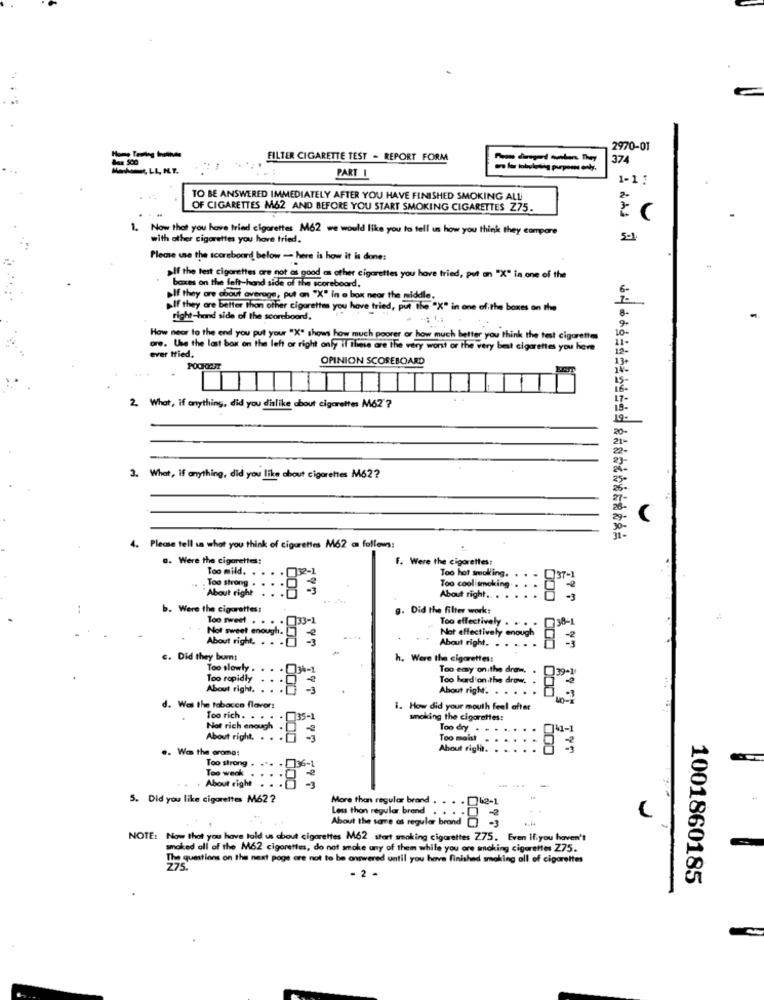
2970-01
FILTER CIGARETTE TEST - REPORT FORM
374
PART I
-----
1-1 :
TO BE ANSWERED IMMEDIATELY AFTER YOU HAVE FINISHED SMOKING ALL
2-
OF CIGARETTES M62 AND BEFORE YOU START SMOKING CIGARETTES Z75.
1. Now that you have tried cigarettes M62 we would like you to tell us how you think they compare
with other cigarettes you have tried.
5-1
Please use the scoreboard below - here is how it is done:
alf the test cigarettes are not as good as other cigarettes you have tried, put an "X" in one of the
boxes on the left-hand side of the scoreboard.
alf they are about average, put an "X" in a box near the middle.
"If they are Better than other cigarettes you have tried, put the "X" in one of the boxes on the
right-hand side of the scoreboord.
How noor to the end you put your "X" shows how much poorer or how much better you think the test cigarettes
are. the the last box on the left or right only if these are the very worst or the very best cigarettes you here
ever tried.
OPINION SCOREBOARD
POOFOCET
2. What, if anything, did you dislike about cigarettes MO? ?
3. What, if anything, did you like about cigarettes M62?
4. Please tell us what you think of cigarettes M62 as follows:
a. Were the cigarettes:
f. Were the cigarettes:
Too mild. .
02-1
Too hot smoking. .
Too strong .
737-)
About right
Too cool smoking. .
About right ... . .
175
b. Were the cigarettes:
g. Did the filter work:
Too sweet . .
33-1
Too effectively . . . .
38-1
Not sweet enough.
Not effectively enough
About right. .
About right. . . . .
000
c. Did they burn:
h. Were the cigarettes:
Too slowly . .
Too emy on the draw, .
139-1
Too rapidly
Too hard on the drow.
About right.
About right. . . .
d. Was the tobacco flavor!
i. How did your mouth feel after
Too rich. . .
135-1
smoking the cigarettes:
Not rich enough
Too dry .
M1-1
About right,
Too moist
...
.. Was the oromo:
About righit.
Too strong
Too weak .
... . 36-1
About right
5. Did you like cigarettes M62?
More than regular brand
Less than regular brand . .
About the same as regular brand
NOTE: Now that you have told us about cigarettes M62 start smoking cigarettes Z75. Even if.you haven't
smoked all of the M62 cigarettes, do not amake any of them while you ore smoking cigarettes Z75.
The questions on the next page ore not to be answered until you have finished smoking all of cigarettes
Z75.
- 2 -
1001860185